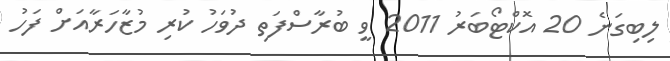
ލިބިގަނެ 20 އޮކްޓޯބަރު 2011 ވީ ބުރާސްފަތި ދުވަހު ކުރި މުޒާހަރާއަށް ފަހު